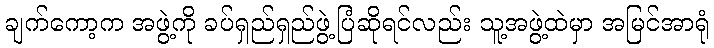
ချက်ကော့က အဖွဲ့ကို ခပ်ရှည်ရှည်ဖွဲ့ပြံဆိုရင်လည်း သူ့အဖွဲ့ထဲမှာ အမြင်အာရုံ